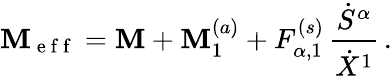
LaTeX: \mathbf{M}_{\mathrm{{~e~f~f~}}}=\mathbf{M}+\mathbf{M}_{1}^{(a)}+F_{\alpha,1}^{(s)}\, \frac{{\dot{{S}}^{\alpha}}}{{\dot{{X}}^{1}}}\, .